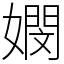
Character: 𡢄